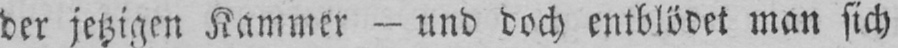
der jetzigen Kammer - und doch entblödet man sich